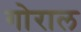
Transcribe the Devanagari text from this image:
गोराल